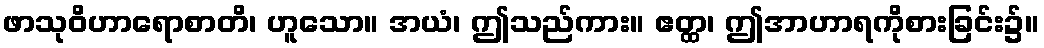
ဖာသုဝိဟာရောစာတိ၊ ဟူသော။ အယံ၊ ဤသည်ကား။ ဧတ္ထ၊ ဤအာဟာရကိုစားခြင်း၌။